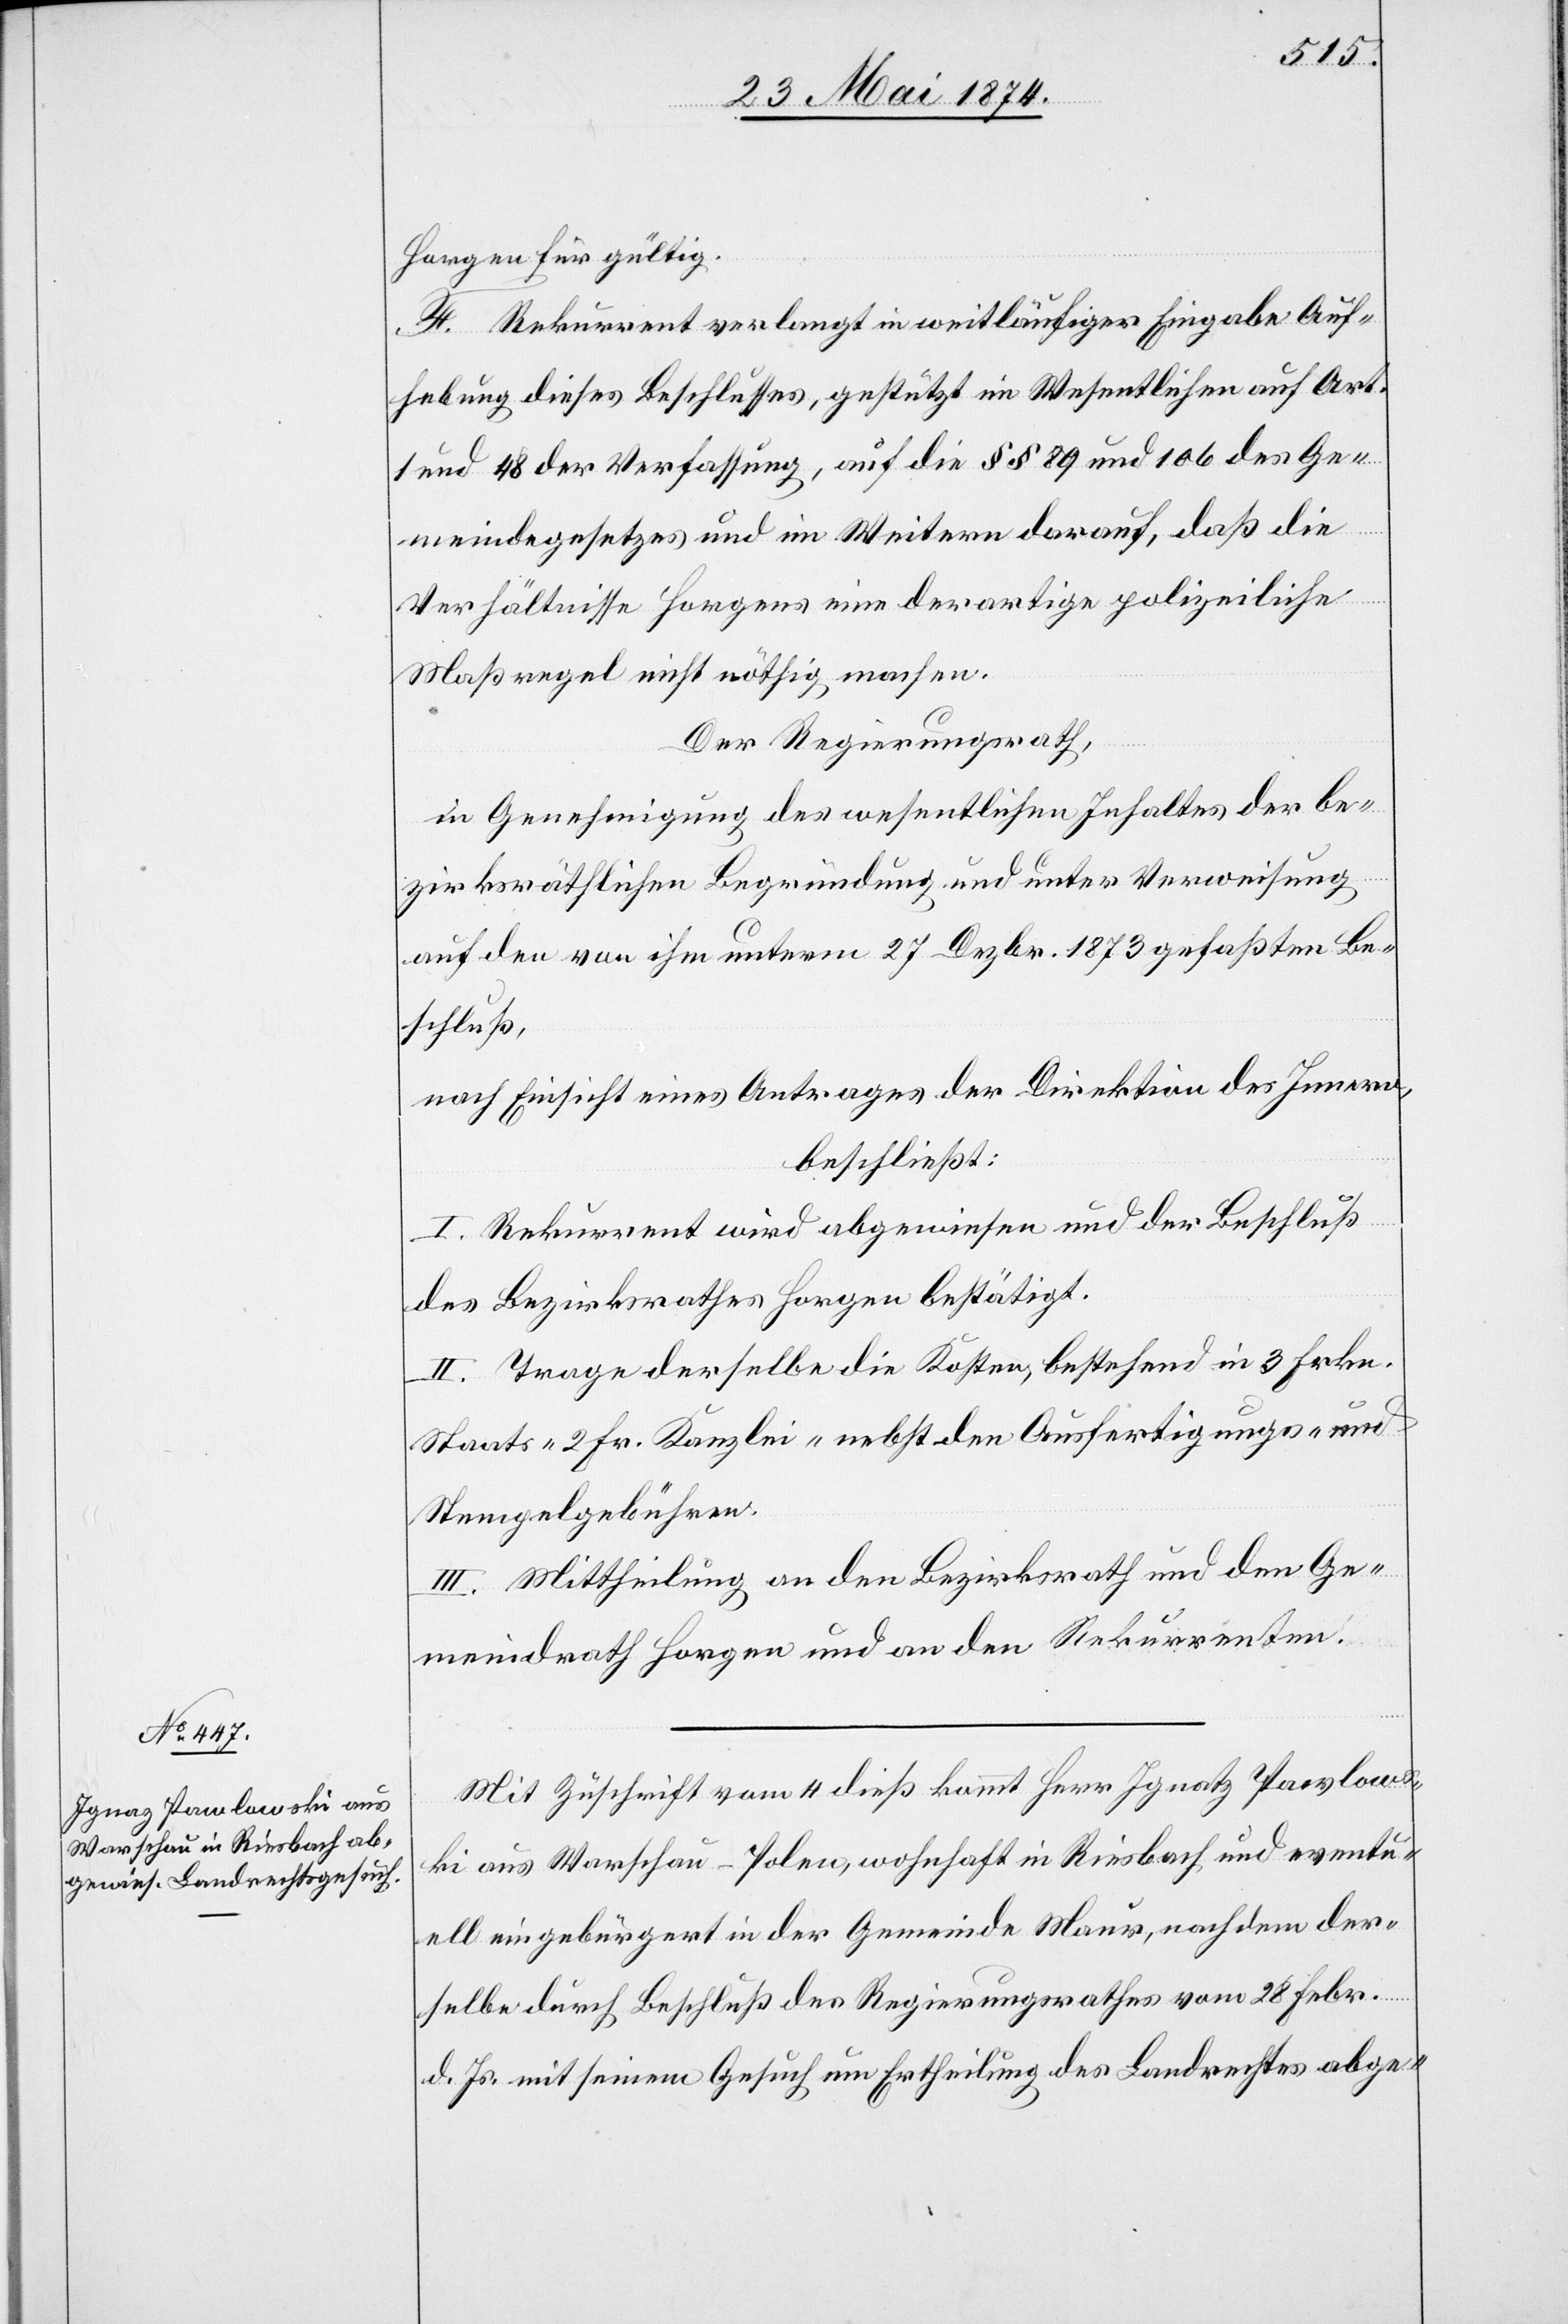
Horgen für gültig.
F. Rekurrent verlangt in weitläufiger Eingabe Auf¬
hebung dieses Beschlusses, gestützt im Wesentlichen auf Art.
1 und 48 der Verfassung, auf die §§ 89 und 106 des Ge¬
meindegesetzes und im Weitern darauf, daß die
Verhältnisse Horgens eine derartige polizeiliche
Maßregel nicht nöthig machen.
Der Regierungsrath,
in Genehmigung des wesentlichen Inhaltes der be¬
zirksräthlichen Begründung und unter Verweisung
auf den von ihm unterm 27. Dezbr. 1873 gefaßten Be¬
schluß,
nach Einsicht eines Antrages der Direktion des Innern,
beschließt:
I. Rekurrent wird abgewiesen und der Beschluß
des Bezirksrathes Horgen bestätigt.
II. Trage derselbe die Kosten, bestehend in 3 Frkn.
Staats-[,] 2 Fr. Kanzlei- nebst den Ausfertigungs- und
Stempelgebühren.
III. Mittheilung an den Bezirksrath und den Ge¬
meindrath Horgen und an den Rekurrenten.
Mit Zuschrift vom 4. dieß kommt Herr Ignatz Pawlows¬
ki aus Warschau-Polen, wohnhaft in Riesbach und eventu¬
ell eingebürgert in der Gemeinde Maur, nach dem der
selbe durch Beschluß des Regierungsrathes vom 28. Febr.
d. Js. mit seinem Gesuch um Ertheilung des Landrechtes abge-